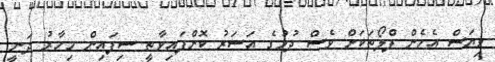
ވިޔަސް އެހެން ފްލޯތަކަށް ވެސް ދުމުގެ އަސަރު ކޮށްފައިވާތީ ސިފައިން މިހާރު ދަނީ